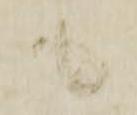
も